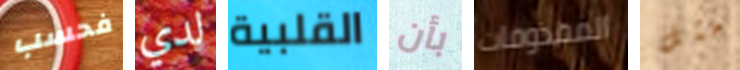
فحسب لدي القلبية بأن المقذوفات مثل